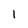
Character: 1